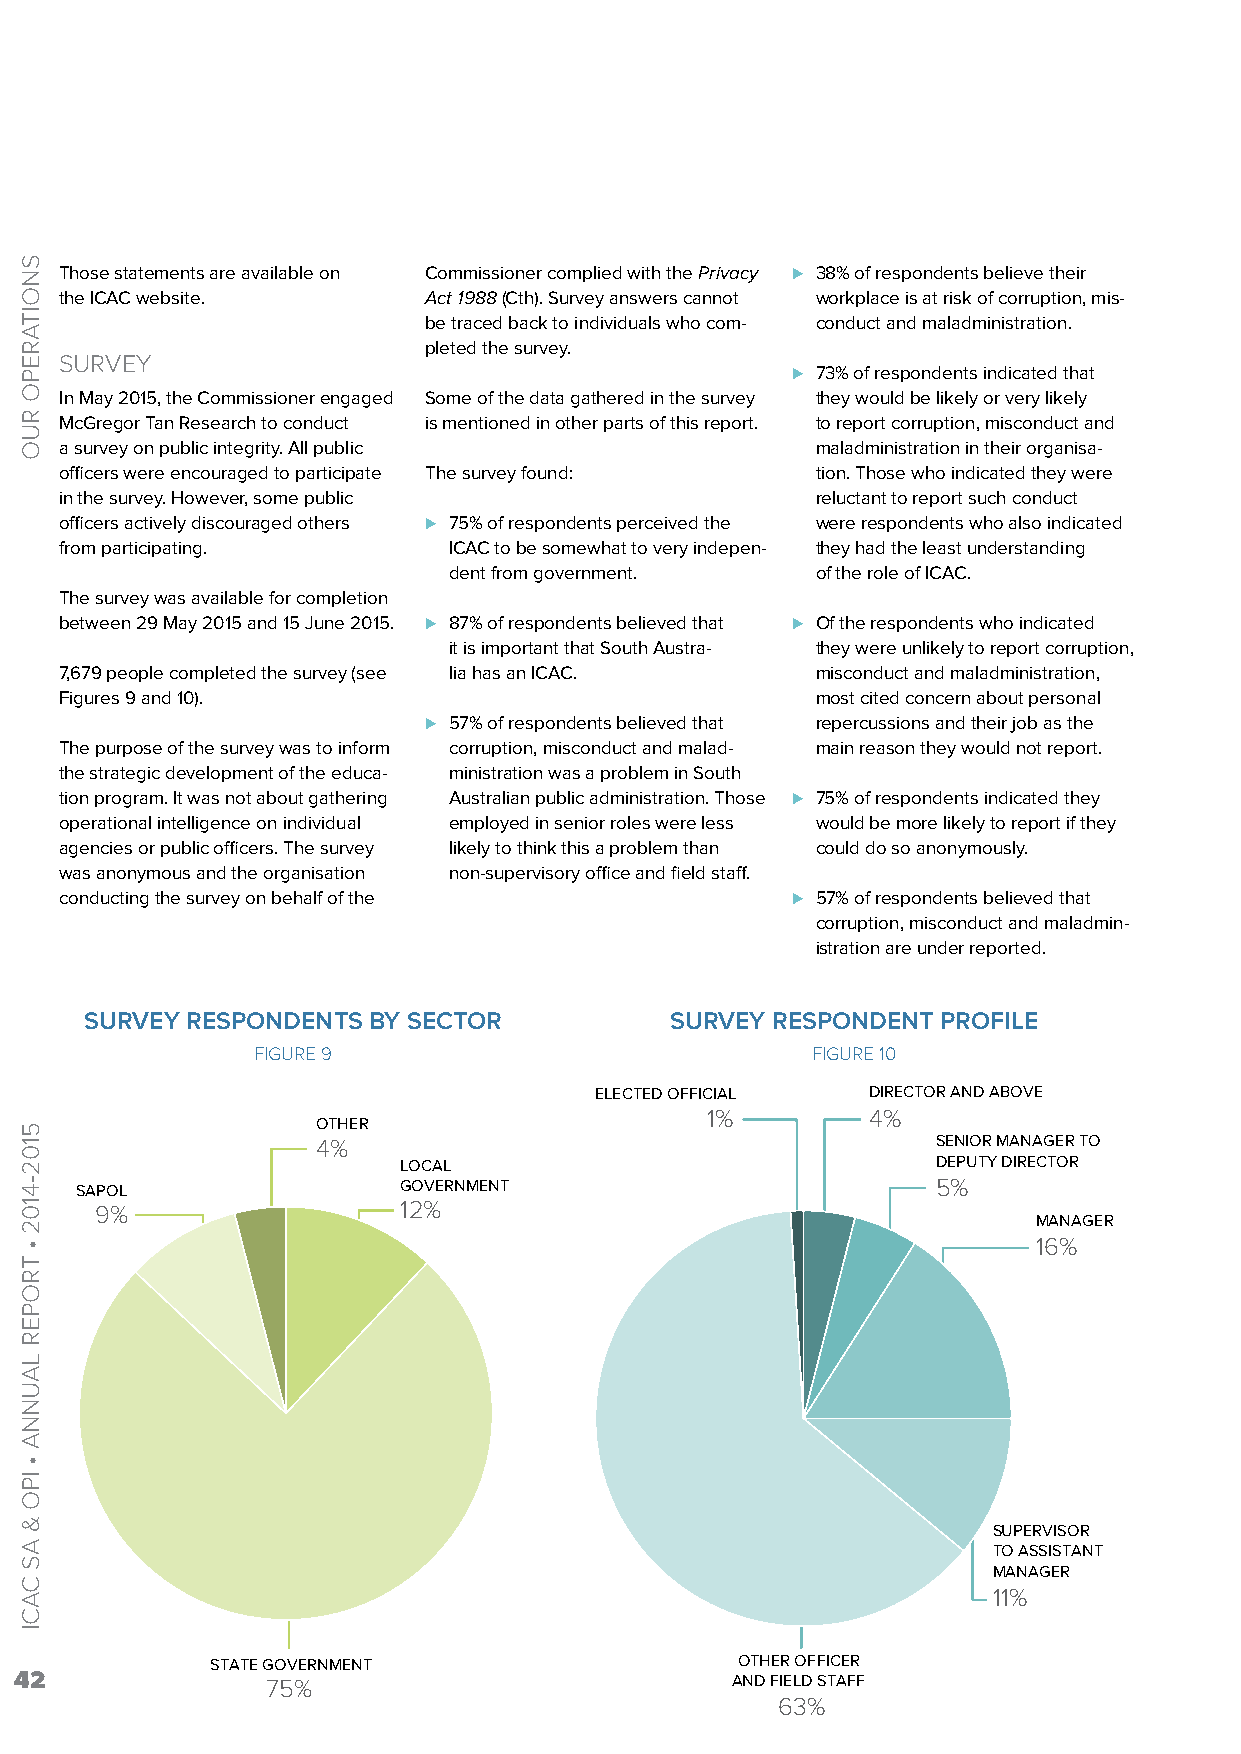
Those statements are available on Commissioner complied with the Privacy ⊲ 38% of respondents believe their
 the ICAC website.       Act 1988 (Cth). Survey answers cannot workplace is at risk of corruption, mis-
 be traced back to individuals who com- conduct and maladministration.
 pleted the survey.
 SURVEY
 ⊲ 73% of respondents indicated that
 In May 2015, the Commissioner engaged Some of the data gathered in the survey they would be likely or very likely
 McGregor Tan Research to conduct is mentioned in other parts of this report. to report corruption, misconduct and
 a survey on public integrity. All public          maladministration in their organisa-
 officers were encouraged to participate The survey found: tion. Those who indicated they were
 in the survey. However, some public               reluctant to report such conduct
 officers actively discouraged others ⊲ 75% of respondents perceived the were respondents who also indicated
 from participating.       ICAC to be somewhat to very indepen- they had the least understanding
 dent from government.   of the role of ICAC.
 The survey was available for completion
 between 29 May 2015 and 15 June 2015. ⊲ 87% of respondents believed that ⊲ Of the respondents who indicated
 it is important that South Austra- they were unlikely to report corruption,
 7,679 people completed the survey (see lia has an ICAC. misconduct and maladministration,
 Figures 9 and 10).                                most cited concern about personal
 ⊲ 57% of respondents believed that repercussions and their job as the
 The purpose of the survey was to inform corruption, misconduct and malad- main reason they would not report.
 the strategic development of the educa- ministration was a problem in South
 tion program. It was not about gathering Australian public administration. Those ⊲ 75% of respondents indicated they
 operational intelligence on individual employed in senior roles were less would be more likely to report if they
 agencies or public officers. The survey likely to think this a problem than could do so anonymously.
 was anonymous and the organisation non-supervisory office and field staff.
 conducting the survey on behalf of the          ⊲ 57% of respondents believed that
 corruption, misconduct and maladmin-
 istration are under reported.
 SURVEY RESPONDENTS BY SECTOR          SURVEY RESPONDENT PROFILE
 FIGURE 9                             FIGURE 10
 ELECTED OFFICIAL   DIRECTOR AND ABOVE
 1%         4%
 OTHER
 4%                                       SENIOR MANAGER TO
 LOCAL                               DEPUTY DIRECTOR
 SAPOL                GOVERNMENT                          5%
 9%                  12%
 MANAGER
 16%
 SUPERVISOR
 TO ASSISTANT
 MANAGER
 11%
 STATE GOVERNMENT                   OTHER OFFICER
 42               75%                           AND FIELD STAFF
 63%
 SNOITAREPO
 RUO
 5102-4102
 •
 TROPER
 LAUNNA
 •
 IPO
 &
 AS
 CACI